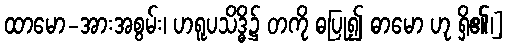
ထာမော-အားအစွမ်း၊ ဟရူပသိဒ္ဓိ၌ တကို ဓပြု၍ ဓာမော ဟု ရှိ၏၊]